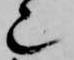
也